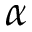
\alpha